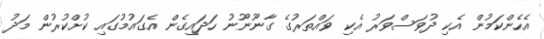
އެހެންކަމުން އެކި ދުވަސްވަރު އެކި ވައްތަރުގެ ގާނޫނޫނު ހަދައިގެން އެގައުމުގައި ކުށްކުރުން މަދު